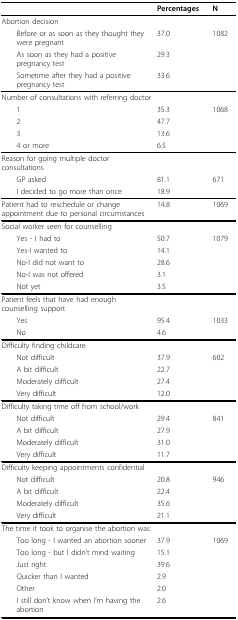
<table><thead><tr><td></td><td><b>Percentages</b></td><td><b>N</b></td></tr></thead><tbody><tr><td>Abortion decision</td><td></td><td></td></tr><tr><td> Before or as soon as they thought they were pregnant</td><td>37.0</td><td>1082</td></tr><tr><td> As soon as they had a positive pregnancy test</td><td>29.3</td><td></td></tr><tr><td> Sometime after they had a positive pregnancy test</td><td>33.6</td><td></td></tr><tr><td>Number of consultations with referring doctor</td><td></td><td></td></tr><tr><td> 1</td><td>35.3</td><td>1068</td></tr><tr><td> 2</td><td>47.7</td><td></td></tr><tr><td> 3</td><td>13.6</td><td></td></tr><tr><td> 4 or more</td><td>6.5</td><td></td></tr><tr><td>Reason for going multiple doctor consultations</td><td></td><td></td></tr><tr><td> GP asked</td><td>81.1</td><td>671</td></tr><tr><td> I decided to go more than once</td><td>18.9</td><td></td></tr><tr><td>Patient had to reschedule or change appointment due to personal circumstances</td><td>14.8</td><td>1069</td></tr><tr><td>Social worker seen for counselling</td><td></td><td></td></tr><tr><td> Yes - I had to</td><td>50.7</td><td>1079</td></tr><tr><td> Yes-I wanted to</td><td>14.1</td><td></td></tr><tr><td> No-I did not want to</td><td>28.6</td><td></td></tr><tr><td> No-I was not offered</td><td>3.1</td><td></td></tr><tr><td> Not yet</td><td>3.5</td><td></td></tr><tr><td>Patient feels that have had enough counselling support</td><td></td><td></td></tr><tr><td> Yes</td><td>95.4</td><td>1033</td></tr><tr><td> No</td><td>4.6</td><td></td></tr><tr><td>Difficulty finding childcare</td><td></td><td></td></tr><tr><td> Not difficult</td><td>37.9</td><td>602</td></tr><tr><td> A bit difficult</td><td>22.7</td><td></td></tr><tr><td> Moderately difficult</td><td>27.4</td><td></td></tr><tr><td> Very difficult</td><td>12.0</td><td></td></tr><tr><td>Difficulty taking time off from school/work</td><td></td><td></td></tr><tr><td> Not difficult</td><td>29.4</td><td>841</td></tr><tr><td> A bit difficult</td><td>27.9</td><td></td></tr><tr><td> Moderately difficult</td><td>31.0</td><td></td></tr><tr><td> Very difficult</td><td>11.7</td><td></td></tr><tr><td>Difficulty keeping appointments confidential</td><td></td><td></td></tr><tr><td> Not difficult</td><td>20.8</td><td>946</td></tr><tr><td> A bit difficult</td><td>22.4</td><td></td></tr><tr><td> Moderately difficult</td><td>35.6</td><td></td></tr><tr><td> Very difficult</td><td>21.1</td><td></td></tr><tr><td>The time it took to organise the abortion was:</td><td></td><td></td></tr><tr><td> Too long - I wanted an abortion sooner</td><td>37.9</td><td>1069</td></tr><tr><td> Too long - but I didn&#x27;t mind waiting</td><td>15.1</td><td></td></tr><tr><td> Just right</td><td>39.6</td><td></td></tr><tr><td> Quicker than I wanted</td><td>2.9</td><td></td></tr><tr><td> Other</td><td>2.0</td><td></td></tr><tr><td> I still don&#x27;t know when I&#x27;m having the abortion</td><td>2.6</td><td></td></tr></tbody></table>